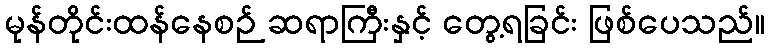
မုန်တိုင်းထန်နေစဉ် ဆရာကြီးနှင့် တွေ့ရခြင်း ဖြစ်ပေသည်။